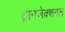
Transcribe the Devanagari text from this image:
ट्रानजेक्शनल